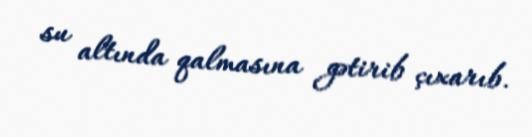
su altında qalmasına gətirib çıxarıb.